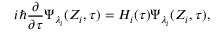
i \hbar \frac \partial { \partial \tau } \Psi _ { \lambda _ { i } } ( Z _ { i } , \tau ) = H _ { i } ( \tau ) \Psi _ { \lambda _ { i } } ( Z _ { i } , \tau ) ,